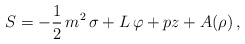
\begin{align*}S = - {1\over 2} \,{{m^2}\,\sigma }+ L\,\varphi + pz+ A(\rho ) \, ,\end{align*}